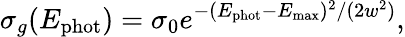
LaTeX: \sigma_{g}(E_{\mathrm{phot}})=\sigma_{0}e^{-(E_{\mathrm{phot}}-E_{\mathrm{max}})^{2}/(2w^{2})},